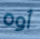
أوه